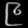
Digit: ၉